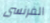
الفرنسى